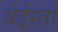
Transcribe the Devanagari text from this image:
येईस्तो